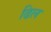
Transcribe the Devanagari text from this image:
ढिल